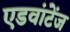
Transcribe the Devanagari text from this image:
एडवांटेंज